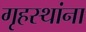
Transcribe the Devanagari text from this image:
गृहस्थांना